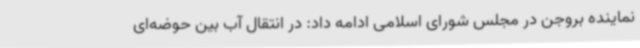
نماینده بروجن در مجلس شورای اسلامی ادامه داد: در انتقال آب بین حوضه‌ای